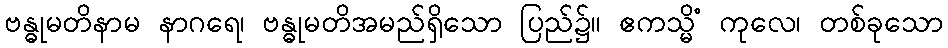
ဗန္ဓုမတိနာမ နာဂရေ၊ ဗန္ဓုမတိအမည်ရှိသော ပြည်၌။ ဧကသ္မိံ ကုလေ၊ တစ်ခုသော